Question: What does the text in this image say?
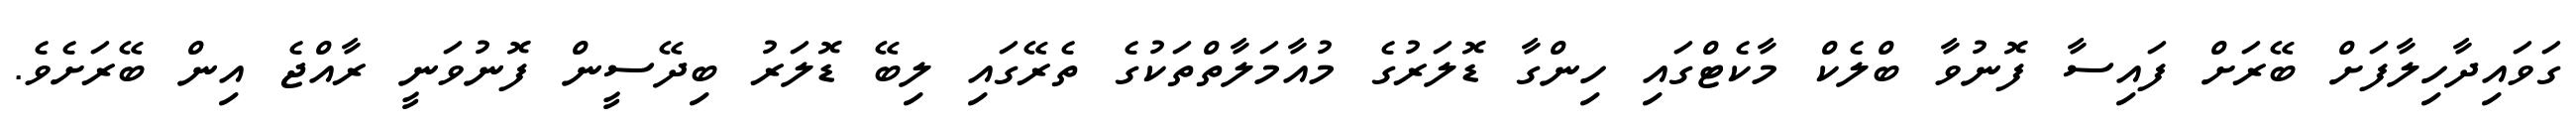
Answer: ގަވައިދާހިލާފަށް ބޭރަށް ފައިސާ ފޮނުވާ ބްލެކް މާކެޓްގައި ހިންގާ ޑޮލަރުގެ މުއާމަލާތްތަކުގެ ތެރޭގައި ލިބޭ ޑޮލަރު ބިދޭސީން ފޮނުވަނީ ރާއްޖެ އިން ބޭރަށެވެ.